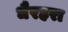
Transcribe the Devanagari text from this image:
धैरहरा